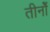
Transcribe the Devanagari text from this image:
तीनोँ